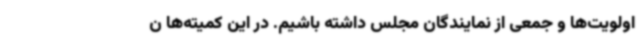
اولویت‌ها و جمعی از نمایندگان مجلس داشته باشیم. در این کمیته‌ها ن